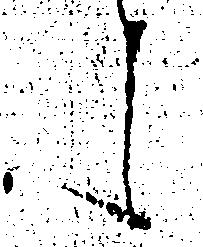
候